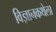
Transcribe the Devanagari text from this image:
विज्ञानकथेला